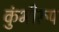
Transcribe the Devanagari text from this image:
कुंभीरूप